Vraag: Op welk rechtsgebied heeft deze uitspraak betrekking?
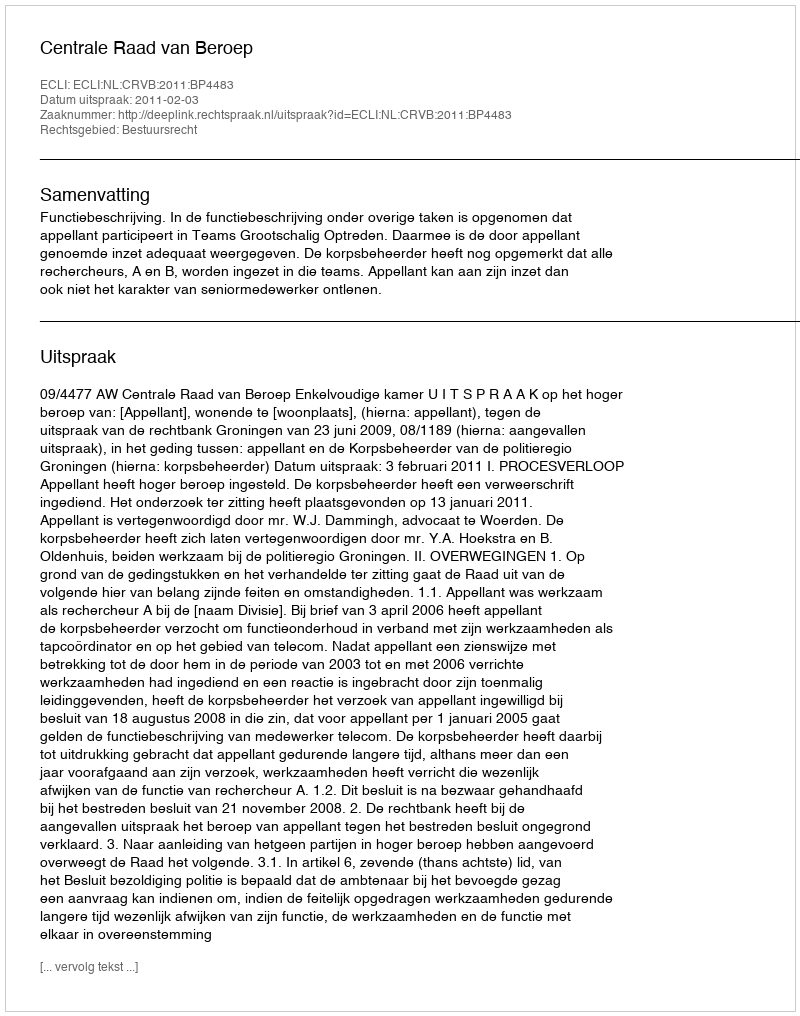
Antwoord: Bestuursrecht